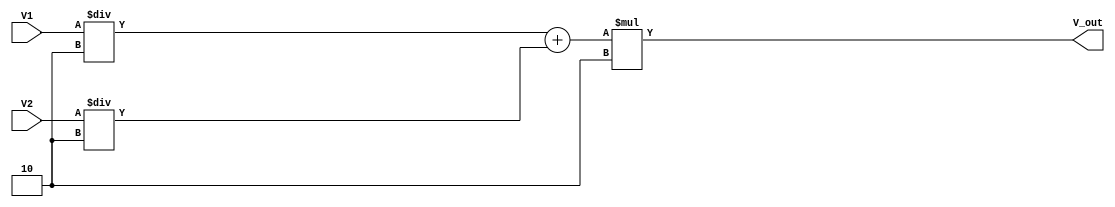
module log_mult (
    input wire [15:0] V1,        // 16-bit input for V1
    input wire [15:0] V2,        // 16-bit input for V2
    output reg [15:0] V_out       // 16-bit output for V_out
);

// Logarithmic approximation constants (these values would need accurate calculation and tuning)
parameter LOG2_BASE = 8'd2;     // Example base 2 logarithm scaling
parameter EXP_BASE = 8'd2;       // Example base 2 exponential scaling

// Local parameters for logarithmic and exponential approximations
reg [15:0] Y1;
reg [15:0] Y2;
reg [15:0] Y_sum;
reg [15:0] exp_result;

// Function to approximate logarithm
function [15:0] log_approx;
    input [15:0] value;
    begin
        // Placeholder for a logarithmic approximation algorithm
        // In actual implementation, this might involve lookup tables or polynomial approximations
        log_approx = value / LOG2_BASE; // Simple division for approximation
    end
endfunction

// Function to approximate exponential
function [15:0] exp_approx;
    input [15:0] value;
    begin
        // Placeholder for an exponential approximation algorithm
        // In actual implementation, this might involve lookup tables or polynomial approximations
        exp_approx = value * EXP_BASE; // Simple scaling for approximation
    end
endfunction

always @(*) begin
    // Perform logarithmic conversion
    Y1 = log_approx(V1);
    Y2 = log_approx(V2);
    
    // Summation stage
    Y_sum = Y1 + Y2;
    
    // Exponential conversion
    V_out = exp_approx(Y_sum);
end

endmodule